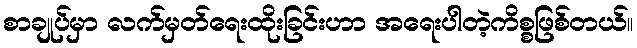
စာချုပ်မှာ လက်မှတ်ရေးထိုးခြင်းဟာ အရေးပါတဲ့ကိစ္စဖြစ်တယ်။